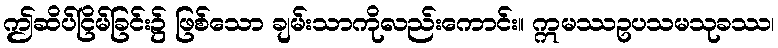
ဤဆိပ်ငြိမ်ခြင်း၌ ဖြစ်သော ချမ်းသာကိုလည်းကောင်း။ ဣမဿဥပသမသုခဿ၊